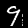
Digit: 9